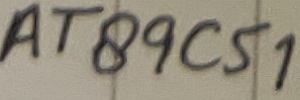
Text: AT89C51